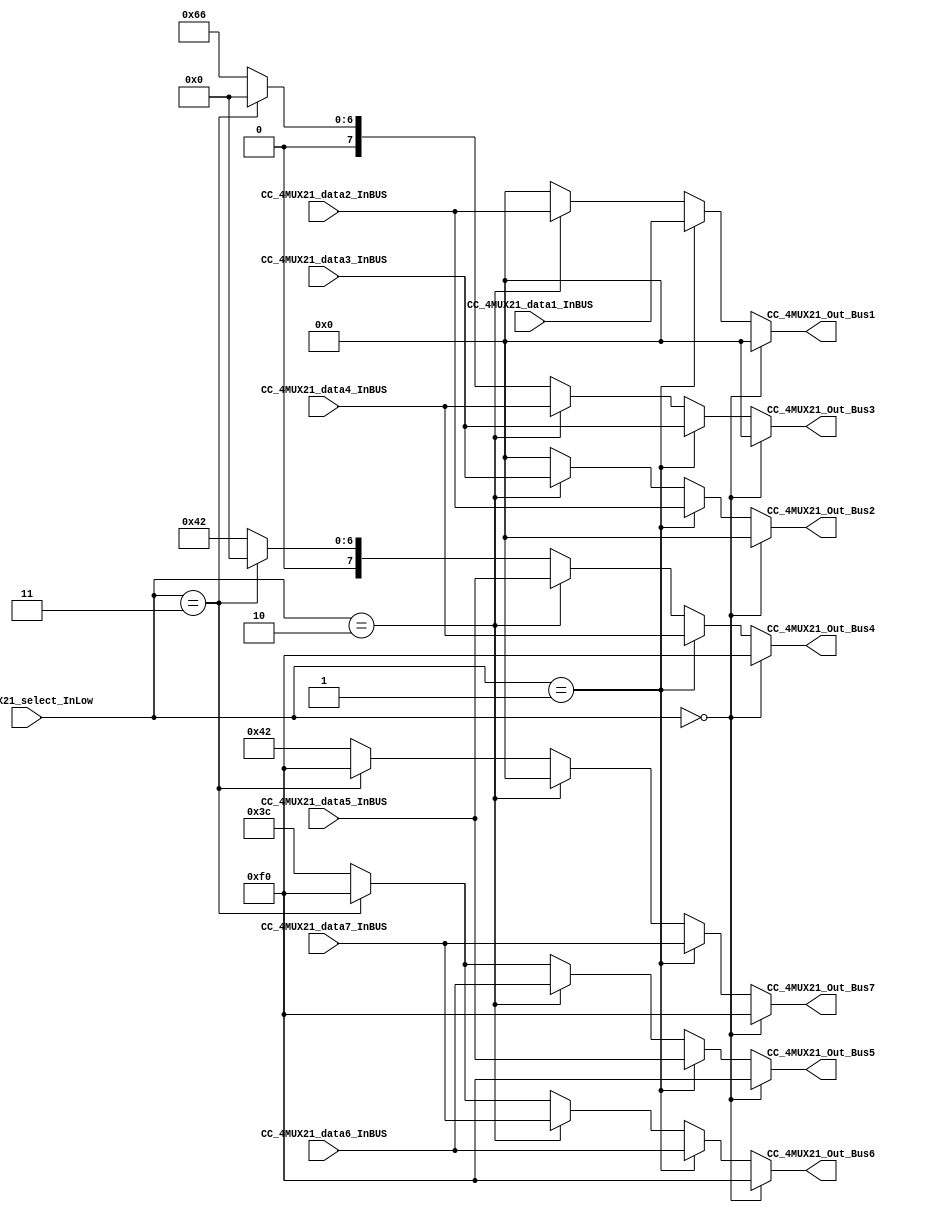
module CC_4MUX21 (

//////////// INPUTS //////////
	CC_4MUX21_select_InLow,
	CC_4MUX21_data7_InBUS,
	CC_4MUX21_data6_InBUS,
	CC_4MUX21_data5_InBUS,
	CC_4MUX21_data4_InBUS,
	CC_4MUX21_data3_InBUS,
	CC_4MUX21_data2_InBUS,
	CC_4MUX21_data1_InBUS,

//////////// OUTPUTS //////////
	CC_4MUX21_Out_Bus7,
	CC_4MUX21_Out_Bus6,
	CC_4MUX21_Out_Bus5,
	CC_4MUX21_Out_Bus4,
	CC_4MUX21_Out_Bus3,
	CC_4MUX21_Out_Bus2,
	CC_4MUX21_Out_Bus1
	
);
//=======================================================
//  PARAMETER declarations
//=======================================================

//=======================================================
//  PORT declarations
//=======================================================

input 	[2:0] CC_4MUX21_select_InLow;

input 	[7:0] CC_4MUX21_data7_InBUS;
input 	[7:0] CC_4MUX21_data6_InBUS;
input 	[7:0] CC_4MUX21_data5_InBUS;
input 	[7:0] CC_4MUX21_data4_InBUS;
input 	[7:0] CC_4MUX21_data3_InBUS;
input 	[7:0] CC_4MUX21_data2_InBUS;
input 	[7:0] CC_4MUX21_data1_InBUS;

output	[7:0] CC_4MUX21_Out_Bus7;
output	[7:0] CC_4MUX21_Out_Bus6;
output	[7:0] CC_4MUX21_Out_Bus5;
output	[7:0] CC_4MUX21_Out_Bus4;
output	[7:0] CC_4MUX21_Out_Bus3;
output	[7:0] CC_4MUX21_Out_Bus2;
output	[7:0] CC_4MUX21_Out_Bus1;

//=======================================================
//  REG/WIRE declarations
//=======================================================

//=======================================================
//  Structural coding
//=======================================================
																			  
assign CC_4MUX21_Out_Bus7 = (CC_4MUX21_select_InLow==2'b000)?8'b11110000:
									 (CC_4MUX21_select_InLow==2'b001)?CC_4MUX21_data7_InBUS:
									 (CC_4MUX21_select_InLow==2'b010)?8'b00000000:
									 (CC_4MUX21_select_InLow==2'b011)?8'b11110000:
																				 8'b01000010;

assign CC_4MUX21_Out_Bus6 = (CC_4MUX21_select_InLow==2'b000)?8'b11110000:
									 (CC_4MUX21_select_InLow==2'b001)?CC_4MUX21_data6_InBUS:
									 (CC_4MUX21_select_InLow==2'b010)?CC_4MUX21_data7_InBUS:
									 (CC_4MUX21_select_InLow==2'b011)?8'b11110000:
																				 8'b00111100;
																			  
assign CC_4MUX21_Out_Bus5 = (CC_4MUX21_select_InLow==2'b000)?8'b11110000:
									 (CC_4MUX21_select_InLow==2'b001)?CC_4MUX21_data5_InBUS:
									 (CC_4MUX21_select_InLow==2'b010)?CC_4MUX21_data6_InBUS:
									 (CC_4MUX21_select_InLow==2'b011)?8'b11110000:
																				 8'b00111100;
																			  
assign CC_4MUX21_Out_Bus4 = (CC_4MUX21_select_InLow==2'b000)?8'b11110000:
									 (CC_4MUX21_select_InLow==2'b001)?CC_4MUX21_data4_InBUS:
									 (CC_4MUX21_select_InLow==2'b010)?CC_4MUX21_data5_InBUS:
									 (CC_4MUX21_select_InLow==2'b011)?8'b00000000:
																				 8'b01000010;
																			
assign CC_4MUX21_Out_Bus3 = (CC_4MUX21_select_InLow==2'b000)?8'b00000000:
									 (CC_4MUX21_select_InLow==2'b001)?CC_4MUX21_data3_InBUS:
									 (CC_4MUX21_select_InLow==2'b010)?CC_4MUX21_data4_InBUS:
									 (CC_4MUX21_select_InLow==2'b011)?8'b00000000:
																				 8'b01100110; 
																			
assign CC_4MUX21_Out_Bus2 = (CC_4MUX21_select_InLow==2'b000)?8'b00000000:
									 (CC_4MUX21_select_InLow==2'b001)?CC_4MUX21_data2_InBUS:
									 (CC_4MUX21_select_InLow==2'b010)?CC_4MUX21_data3_InBUS:
									 (CC_4MUX21_select_InLow==2'b011)?8'b00000000:
																				 8'b00000000; 
																			
assign CC_4MUX21_Out_Bus1 = (CC_4MUX21_select_InLow==2'b000)?8'b00000000:
									 (CC_4MUX21_select_InLow==2'b001)?CC_4MUX21_data1_InBUS:
									 (CC_4MUX21_select_InLow==2'b010)?CC_4MUX21_data2_InBUS:
									 (CC_4MUX21_select_InLow==2'b011)?8'b00000000:
																				 8'b00000000; 	
																			  
																			  
endmodule